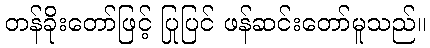
တန်ခိုးတော်ဖြင့် ပြုပြင် ဖန်ဆင်းတော်မူသည်။